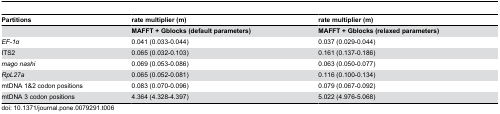
<table><thead><tr><td><b>Partitions</b></td><td><b>rate multiplier (m)</b></td><td><b>rate multiplier (m)</b></td></tr></thead><tbody><tr><td></td><td><b>MAFFT + Gblocks (default parameters)</b></td><td><b>MAFFT + Gblocks (relaxed parameters)</b></td></tr><tr><td><i>EF-1α</i></td><td>0.041 (0.033-0.044)</td><td>0.037 (0.029-0.044)</td></tr><tr><td>ITS2</td><td>0.065 (0.032-0.103)</td><td>0.161 (0.137-0.186)</td></tr><tr><td><i>mago nashi</i></td><td>0.069 (0.053-0.086)</td><td>0.063 (0.050-0.077)</td></tr><tr><td><i>RpL27a</i></td><td>0.065 (0.052-0.081)</td><td>0.116 (0.100-0.134)</td></tr><tr><td>mtDNA 1&amp;2 codon positions</td><td>0.083 (0.070-0.096)</td><td>0.079 (0.067-0.092)</td></tr><tr><td>mtDNA 3 codon positions</td><td>4.364 (4.328-4.397)</td><td>5.022 (4.976-5.068)</td></tr></tbody></table>